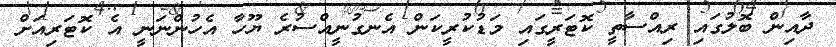
ދާއިން ބޮލުގައި ރިއްސާތީ ކޮޓަރީގައި މަޑުކުރީކަން އެނގުނީއްސުރެ ޔޫހާ އެހުންނަނީ އެ ކޮޓަރިއަށް